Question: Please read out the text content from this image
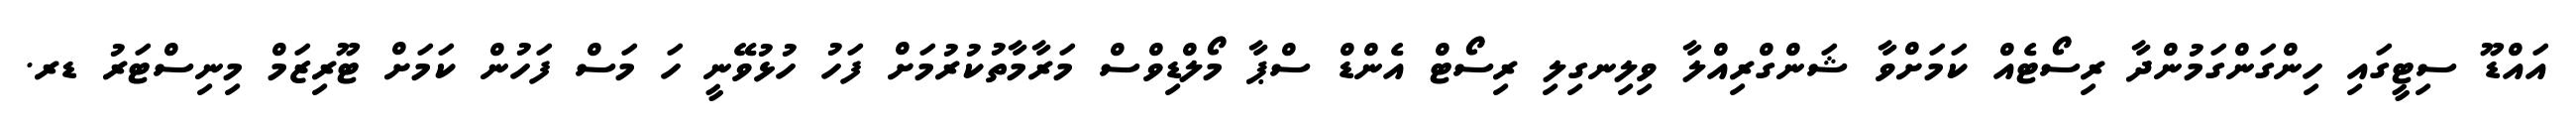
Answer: އައްޑޫ ސިޓީގައި ހިންގަންގަމުންދާ ރިސޯޓެއް ކަމަށްވާ ޝަންގްރިއްލާ ވިލިނގިލި ރިސޯޓް އެންޑް ސްޕާ މޯލްޑިވްސް މަރާމާތުކުރުމަށް ފަހު ހުޅުވޭނީ ހަ މަސް ފަހުން ކަމަށް ޓޫރިޒަމް މިނިސްޓަރު ޑރ.